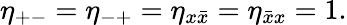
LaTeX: \eta_{+-}=\eta_{-+}=\eta_{x\bar{x}}=\eta_{{\bar{x}}x}=1.